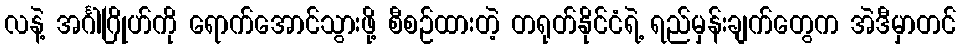
လနဲ့ အင်္ဂါဂြိုဟ်ကို ရောက်အောင်သွားဖို့ စီစဉ်ထားတဲ့ တရုတ်နိုင်ငံရဲ့ ရည်မှန်းချက်တွေက အဲဒီမှာတင်